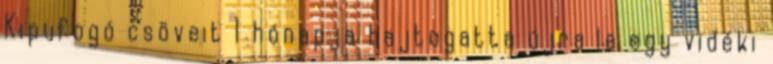
Kipufogó csöveit 1 hónapja hajtogatta újra le egy vidéki